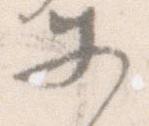
等